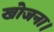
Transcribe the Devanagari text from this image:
खोजना।